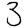
Digit: 3